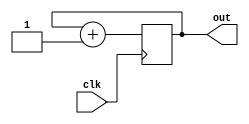
`timescale 1ns / 1ps

module divider(clk,out);
    input clk;
    output reg [3:0] out;
    initial out=4'b0000;
    
    always @(posedge clk)
    out <= out + 1'b1;
endmodule